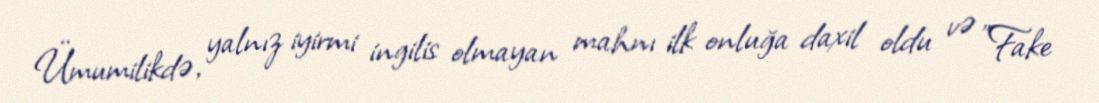
Ümumilikdə, yalnız iyirmi ingilis olmayan mahnı ilk onluğa daxil oldu və "Fake